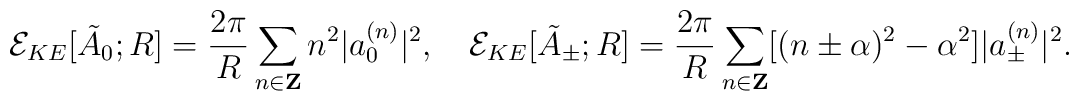
{\cal E}_{KE}[\tilde{A}_0;R] =\frac{2\pi}{R}\sum_{n \in {\bf Z}}n^2|a_0^{(n)}|^2, \quad{\cal E}_{KE}[\tilde{A}_{\pm};R] =\frac{2\pi}{R}\sum_{n \in {\bf Z}}[(n \pm \alpha)^2-\alpha^2]|a_{\pm}^{(n)}|^2.